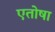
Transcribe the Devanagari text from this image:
एतोषा